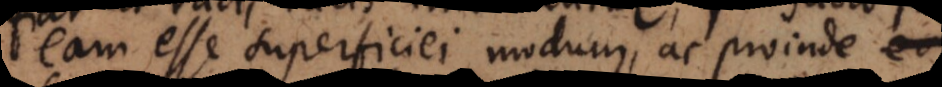
eam esse superficiei modum, ac proinde